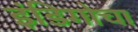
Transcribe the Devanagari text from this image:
इंडिगोचा